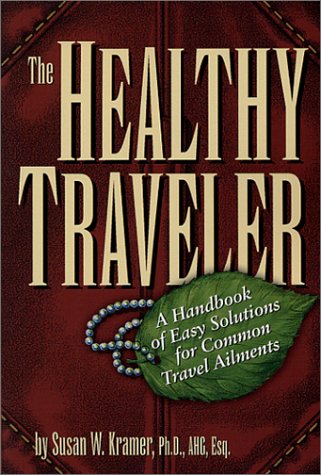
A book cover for The Healthy Traveler: A Handbook of Easy Solutions for Common Travel Ailments; Susan W. Kramer; Travel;